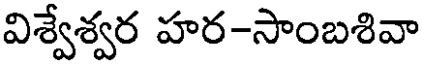
విశ్వేశ్వర హర-సాంబశివా